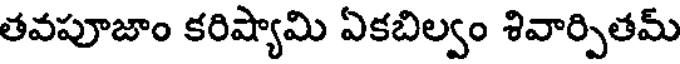
తవపూజాం కరిష్యామి ఏకబిల్వం శివార్పితమ్